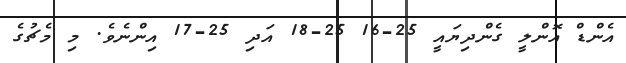
އެންޑް އޮންލީ ގެންދިޔައީ 25-16 25-18 އަދި 25-17 އިންނެވެ. މި މެޗުގެ